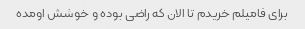
برای فامیلم خریدم تا الان که راضی بوده و خوشش اومده